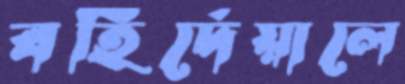
বহির্দেয়ালে